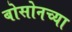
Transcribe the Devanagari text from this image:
बोसोनच्या